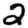
Digit: 2